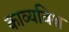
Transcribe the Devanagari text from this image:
काव्यविश्व